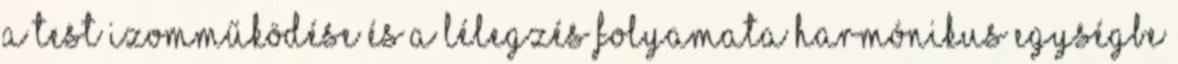
a test izomműködése és a lélegzés folyamata harmónikus egységbe